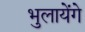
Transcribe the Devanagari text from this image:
भुलायेंगे